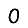
Digit: 0